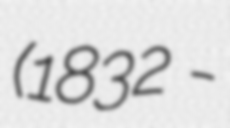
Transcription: (1832 -